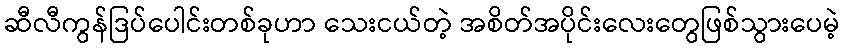
ဆီလီကွန်ဒြပ်ပေါင်းတစ်ခုဟာ သေးငယ်တဲ့ အစိတ်အပိုင်းလေးတွေဖြစ်သွားပေမဲ့